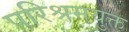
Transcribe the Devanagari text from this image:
परिश्रमयुक्त